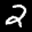
Label: 2